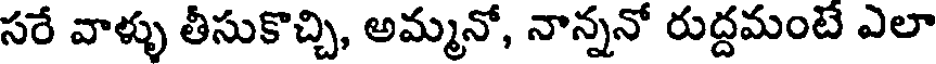
సరే వాళ్ళు తీసుకొచ్చి, అమ్మనో, నాన్ననో రుద్దమంటే ఎలా